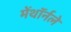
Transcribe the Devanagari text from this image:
मेंथॉर्नले